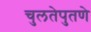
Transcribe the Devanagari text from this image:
चुलतेपुतणे